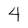
Character: 4